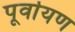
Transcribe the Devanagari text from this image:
पूर्वायण